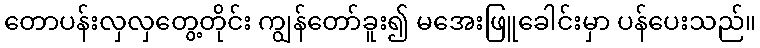
တောပန်းလှလှတွေ့တိုင်း ကျွန်တော်ခူး၍ မအေးဖြူခေါင်းမှာ ပန်ပေးသည်။